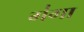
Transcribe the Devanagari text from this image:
ग॑गा